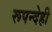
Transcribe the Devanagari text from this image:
रूपन्देही